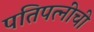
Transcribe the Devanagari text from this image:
पतिपत्‍नींची